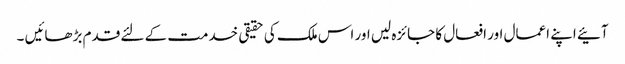
آئیے اپنے اعمال اور افعال کا جائزہ لیں اور اس ملک کی حقیقی خدمت کے لئے قدم بڑھائیں ۔